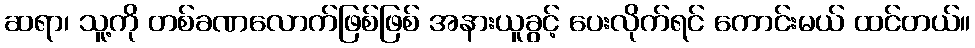
ဆရာ၊ သူ့ကို တစ်ခဏလောက်ဖြစ်ဖြစ် အနားယူခွင့် ပေးလိုက်ရင် ကောင်းမယ် ထင်တယ်။